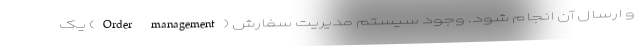
و ارسال آن انجام شود. وجود سیستم مدیریت سفارش (Order management) یک